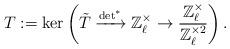
LaTeX: \begin{align*}T:=\ker\left( \tilde{T} \xrightarrow{\det^*} \mathbb{Z}_\ell^\times \to \frac{\mathbb{Z}_\ell^\times}{\mathbb{Z}_\ell^{\times 2}} \right).\end{align*}